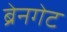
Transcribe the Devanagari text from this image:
ब्रेनगेट